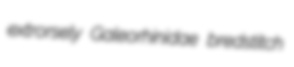
extrorsely Galeorhinidae bredstitch